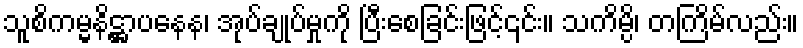
သူစိကမ္မနိဋ္ဌာပနေန၊ အုပ်ချုပ်မှုကို ပြီးစေခြင်းဖြင့်၎င်း။ သကိမ္ပိ၊ တကြိမ်လည်း။